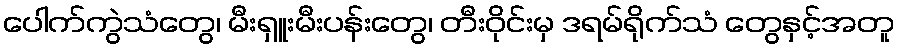
ပေါက်ကွဲသံတွေ၊ မီးရှူးမီးပန်းတွေ၊ တီးဝိုင်းမှ ဒရမ်ရိုက်သံ တွေနှင့်အတူ